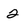
Character: 2